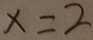
x = 2